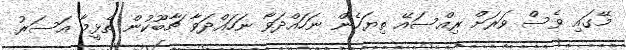
މޭގައި ވެސް ވަރަށް ރިއްސައޭ ތިޔަހެން ނަހައްދަވާ ނަހައްދަވާ ޗާބޫކުން ތެޅީމާ އަސަރު